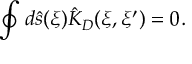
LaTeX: \oint { d } \hat { s } ( \xi ) { \hat { K } _ { D } } ( \xi , \xi ^ { \prime } ) = 0 .